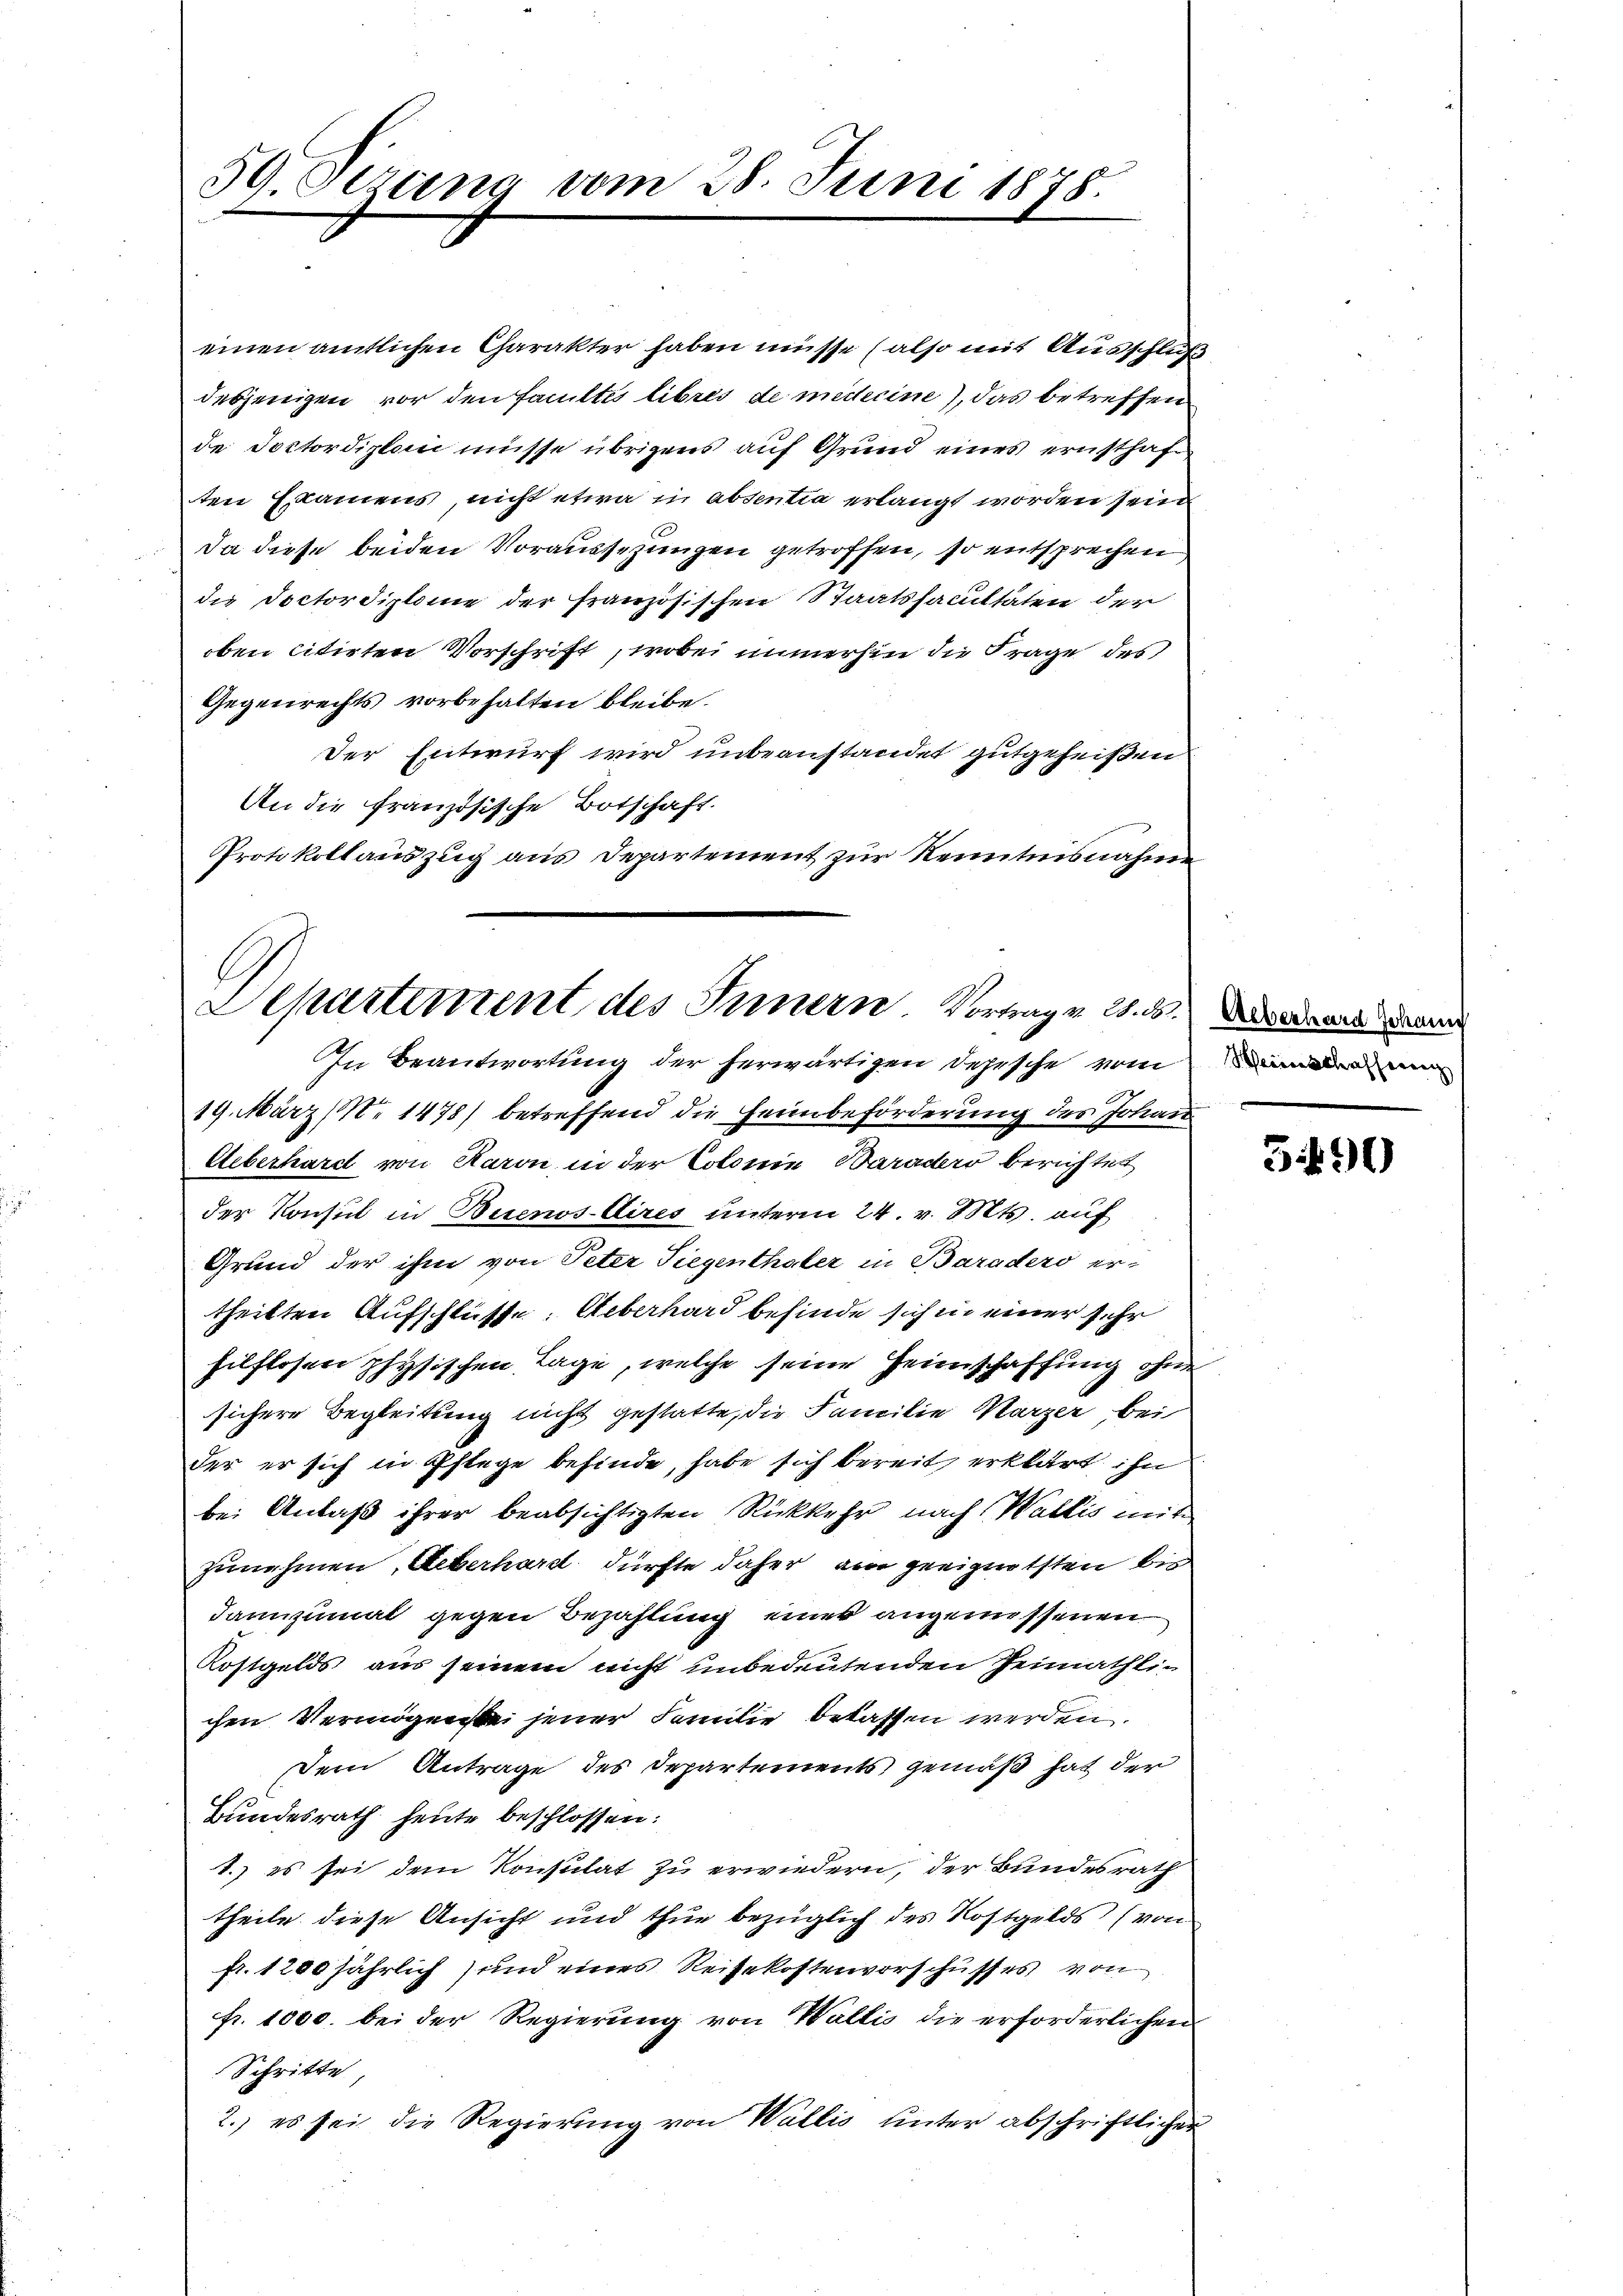
59 Sezung vom 28. Juni 1878.

einen amtlichen Charakter haben müsse (also mit Ausschluß
desjenigen vor den Familtes libres de midecine), das betreffen
de Doctordiplan müsse übrigens auf Grund eines ernsthaften Examens nicht etwa in absentia erlangt worden sein
Da diese beiden Voraussetzungen getroffen, so entsprechen
die Doctordiplome der französischen Staatsfacultäten der
oben citirten Vorschrift, wobei immerhin die Frage des
Gegenrechts vorbehalten bleibe.
Der Entwurf wird unbeanstandet gutgeheißen
An die französische Botschaft.
Protokollauszug aus Departement zur Kenntnisnahme

b
Apartement des Innern Vortrag v. 28. ds.
In Beantwortung der herwärtigen Depesche vom

19. März (N. 1478) betreffend die Heimbeförderung des Johan
Ueberhard von Raron in der Colonie Waraders berichtet
der Konsul in Buenos-Dires unterm 24. v. Mts. auf
Grund der ihm von Peter Siegenthaler in Baradero ertheilten Aufschlüße. Ueberhard befinde sich in einer sehr
hilflosen physischen Lage, welche seine Heimschaffung ohne
sichere Begleitung nicht gestatte, die Familie Marzer bei
der er sich in Pflege befinde, habe sich bereit erklärt ihn
bei Anlaß ihrer beabsichtigten Rückkehr nach Wallis mit
zunehmen, Ueberhard dürfte daher ain geeignetsten bis
dannzumat gegen Bezahlung eines angemessenen
Kostgelds aus seinem nicht unbedeutenden Heimathlichen Vermögenste jener Familie betaffen werden.
Dem Antrage des Departements gemäß hat der
Bundesrath heute beschlossen:
1.) es sei dem Konsulat zu erwiedern, der Bundesrath
theile diese Ansicht und thue bezüglich des Kostgelds (von
fr. 1200 jährlich und eines Reisekostenvorschusses von
fr. 1000. bei der Regierung von Wallis die erforderlichen
Schritte
2.) es sei die Regierung von Wallis unter abschriftlicher

Ueberhard Johann

3490